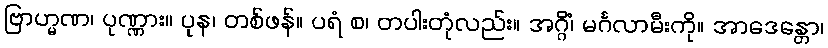
ဗြာဟ္မဏ၊ ပုဏ္ဏား။ ပုန၊ တစ်ဖန်။ ပရံ စ၊ တပါးတုံလည်း။ အဂ္ဂိံ၊ မင်္ဂလာမီးကို။ အာဒေန္တော၊